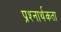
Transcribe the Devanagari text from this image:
प्रश्‍नार्थकता